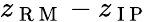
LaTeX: z_{\mathrm{~R~M~}}-z_{\mathrm{~I~P~}}